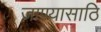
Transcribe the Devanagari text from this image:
जाण्यासाठि